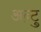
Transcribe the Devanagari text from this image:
अन्टु